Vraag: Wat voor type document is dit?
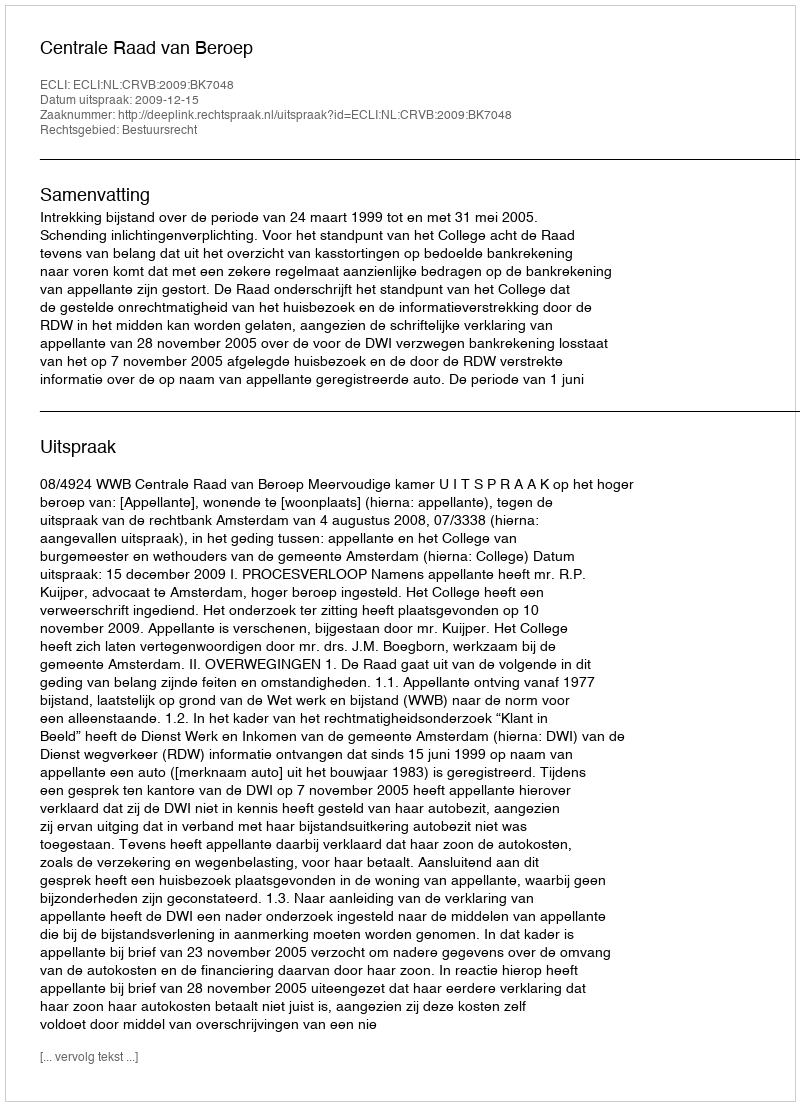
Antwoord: Uitspraak